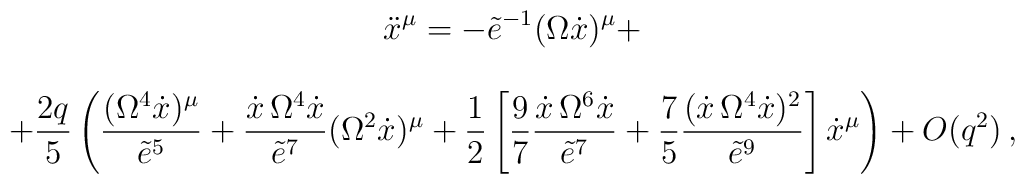
\begin{array}{c}\displaystyle{\ddot{x}^\mu=-\tilde{e}^{-1}(\Omega \dot{x})^\mu+}\\[5mm]\displaystyle{+\frac{2q}5\left(\frac{(\Omega^4\dot{x})^\mu}{\tilde{e}^5}+\frac{\dot{x}\,\Omega^4\dot{x}}{\tilde{e}^7}(\Omega^2\dot{x})^\mu+\frac12\left[\frac97\frac{\dot{x}\,\Omega^6\dot{x}}{\tilde{e}^7}+\frac75\frac{(\dot{x}\,\Omega^4\dot{x})^2}{\tilde{e}^9}\right]\dot{x}^\mu\right)+O(q^2)}\,,\end{array}